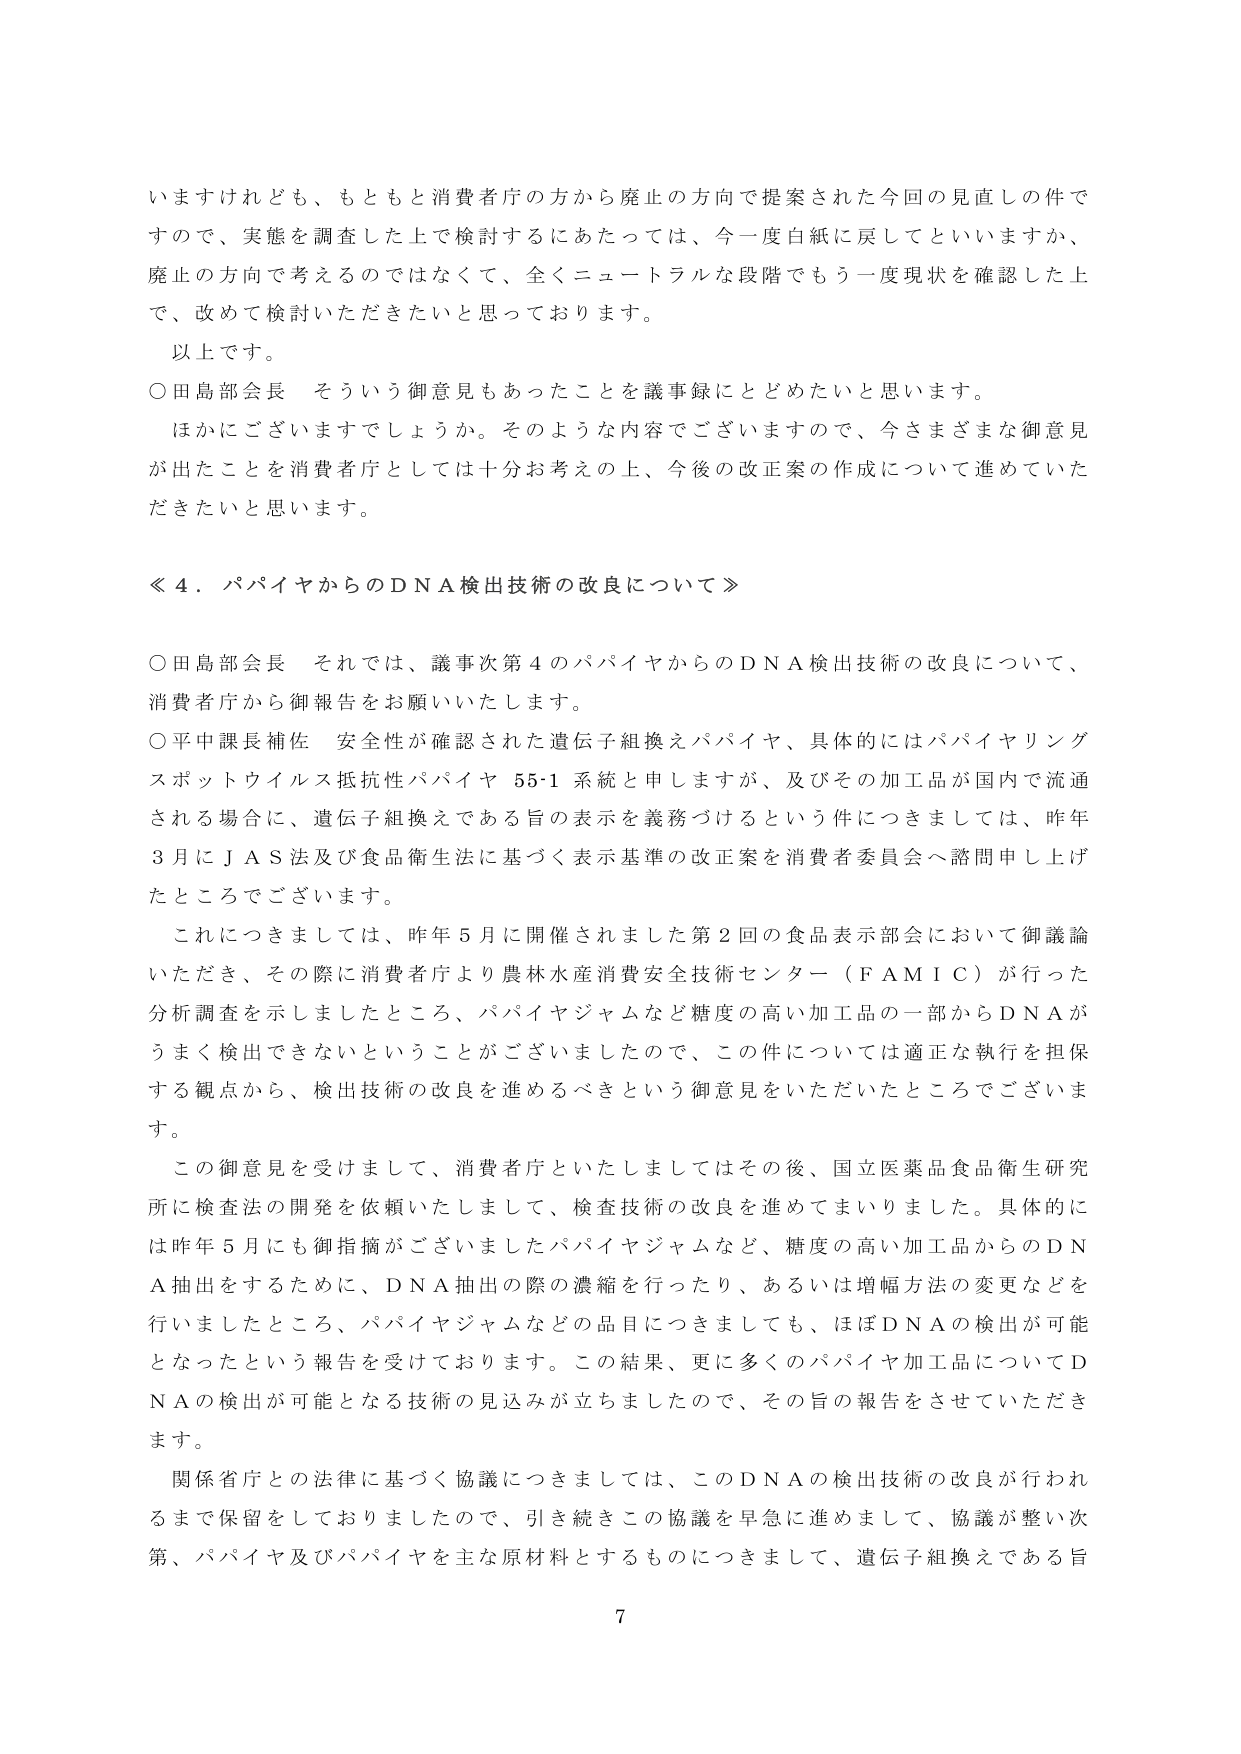
いますけれども、もともと消費者庁の方から廃止の方向で提案された今回の見直しの件ですので、実態を調査した上で検討するにあたっては、今一度白紙に戻してといいますか、廃止の方向で考えるのではなくて、全くニュートラルな段階でもう一度現状を確認した上で、改めて検討いただきたいと思っております。

以上です。

○田島部会長　そういう御意見もあったことを議事録にとどめたいと思います。
　ほかにございますでしょうか。そのような内容でございますので、今さまざまな御意見が出たことを消費者庁としては十分お考えの上、今後の改正案の作成について進めていただきたいと思います。

≪４．パパイヤからのＤＮＡ検出技術の改良について≫

○田島部会長　それでは、議事次第４のパパイヤからのＤＮＡ検出技術の改良について、消費者庁から御報告をお願いいたします。

○平中課長補佐　安全性が確認された遺伝子組換えパパイヤ、具体的にはパパイヤリングスポットウイルス抵抗性パパイヤ 55-1 系統と申しますが、及びその加工品が国内で流通される場合に、遺伝子組換えである旨の表示を義務づけるという件につきましては、昨年３月にＪＡＳ法及び食品衛生法に基づく表示基準の改正案を消費者委員会へ諮問申し上げたところでございます。

　これにつきましては、昨年５月に開催されました第２回の食品表示部会において御議論いただき、その際に消費者庁より農林水産消費安全技術センター（ＦＡＭＩＣ）が行った分析調査を示しましたところ、パパイヤジャムなど糖度の高い加工品の一部からＤＮＡがうまく検出できないということがございましたので、この件については適正な執行を担保する観点から、検出技術の改良を進めるべきという御意見をいただいたところでございます。

　この御意見を受けまして、消費者庁といたしましてはその後、国立医薬品食品衛生研究所に検査法の開発を依頼いたしまして、検査技術の改良を進めてまいりました。具体的には昨年５月にも御指摘がございましたパパイヤジャムなど、糖度の高い加工品からのＤＮＡ抽出をするために、ＤＮＡ抽出の際の濃縮を行ったり、あるいは増幅方法の変更などを行いましたところ、パパイヤジャムなどの品目につきましても、ほぼＤＮＡの検出が可能となったという報告を受けております。この結果、更に多くのパパイヤ加工品についてＤＮＡの検出が可能となる技術の見込みが立ちましたので、その旨の報告をさせていただきます。

　関係省庁との法律に基づく協議につきましては、このＤＮＡの検出技術の改良が行われるまで保留しておりましたので、引き続きこの協議を早急に進めまして、協議が整い次第、パパイヤ及びパパイヤを主な原材料とするものにつきまして、遺伝子組換えである旨

7